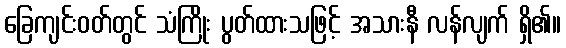
ခြေကျင်းဝတ်တွင် သံကြိုး ပွတ်ထားသဖြင့် အသားနီ လန်လျက် ရှိ၏။